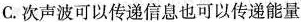
C.次声波可以传递信息也可以传递能量